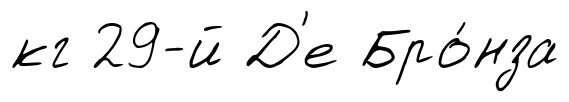
кг 29-й Д'е Бро́нза